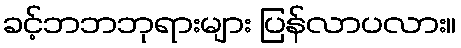
ခင့်ဘဘဘုရားများ ပြန်လာပလား။